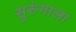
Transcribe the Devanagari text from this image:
सुरुंगाला